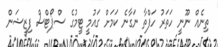
ތިނެއް ނޫނީ ހަތަރު ހަފްތާ ނަގާނެ ކަމަށް ގައުމީ ޓީމުގެ ސްޕޯޓްސް ފިޒީޝަން